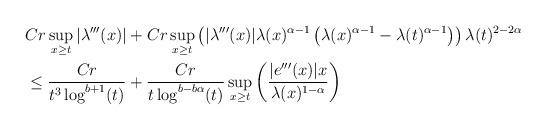
LaTeX: \begin{align*} & C r \sup_{x \geq t} |\lambda'''(x)| + C r \sup_{x \geq t} \left(|\lambda'''(x)|\lambda(x)^{\alpha-1}\left(\lambda(x)^{\alpha-1}-\lambda(t)^{\alpha-1}\right)\right)\lambda(t)^{2-2\alpha}\\&\leq \frac{Cr }{t^{3} \log^{b+1}(t)} + \frac{Cr }{t \log^{b-b\alpha}(t)} \sup_{x \geq t}\left(\frac{|e'''(x)|x}{\lambda(x)^{1-\alpha}}\right)\end{align*}